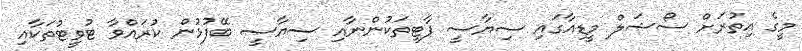
މީގެ އިތުރަށް ސޯޝަލް މީޑިއާގައި ސިޔާސީ ޕާޓީތަކުންނާއި ސިޔާސީ ބޭފުޅުން ކުރައްވާ ޓުވީޓުތަކާއި